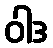
ဝါဒ